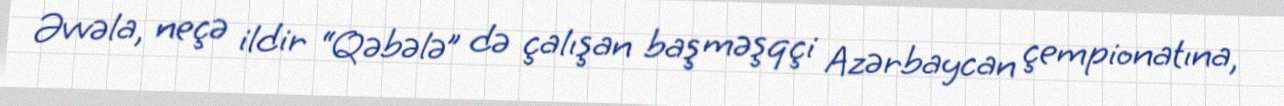
Əvvəla, neçə ildir “Qəbələ” də çalışan baş məşqçi Azərbaycan çempionatına,